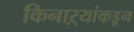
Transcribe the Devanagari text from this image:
किनाऱ्यांकडून